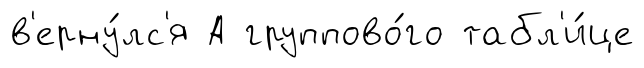
в'ерну́лс'я А группово́го табл'и́це